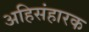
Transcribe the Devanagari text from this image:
अहिसंहारक